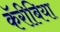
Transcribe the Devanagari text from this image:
कॅरीबिया